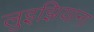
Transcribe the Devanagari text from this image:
लुइझियाना